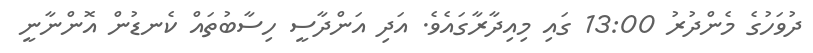
ދުވަހުގެ މެންދުރު 13:00 ގައި މިއިދާރާގައެވެ. އަދި އަންދާސީ ހިސާބުތައް ކެނޑުން އޮންނާނީ